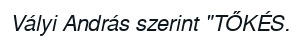
Vályi András szerint "TŐKÉS.